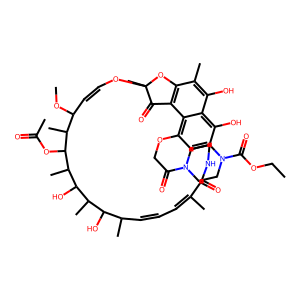
SMILES: CCOC(=O)N1CCN(C(=O)COc2cc3c(O)c4c(O)c(C)c5c(c24)C(=O)C(C)(OC=CC(OC)C(C)C(OC(C)=O)C(C)C(O)C(C)C(O)C(C)C=CC=C(C)C(=O)N3)O5)CC1
Inhibits HIV replication: No